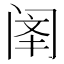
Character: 𫔳